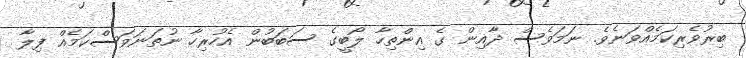
ބިރުވެރިކަމެއްވަނެވެ. ނަމަވެސް ދާއިން ގެ އިންތިހާ ލޯބީގެ ސަބަބުން އެހުރިހާ ނުތަނަވަސްކަމެއް ފިލާ